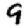
Digit: 9